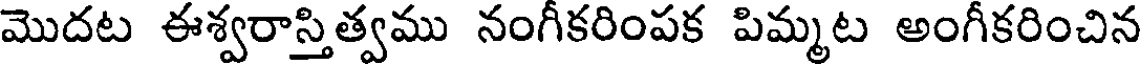
మొదట ఈశ్వరాస్తిత్వము నంగీకరింపక పిమ్మట అంగీకరించిన